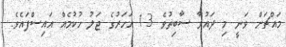
މައްޗަށް ވަނީ މި ދައުވާ ސާބިތުވެ 13 އަހަރުގެ ޖަލު ހުކުމެއް އައިސްފައެވެ.